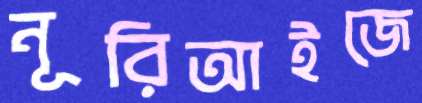
নূরিআইজে